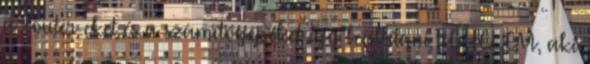
a router-eket és a számítógépeket így beállítani FIGYELEM, aki